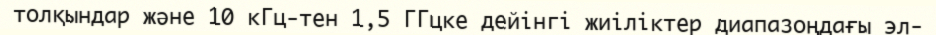
толқындар және 10 кГц-тен 1,5 ГГцке дейінгі жиіліктер диапазоңдағы эл-